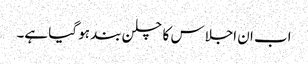
اب ان اجلاس کا چلن بند ہو گیا ہے۔